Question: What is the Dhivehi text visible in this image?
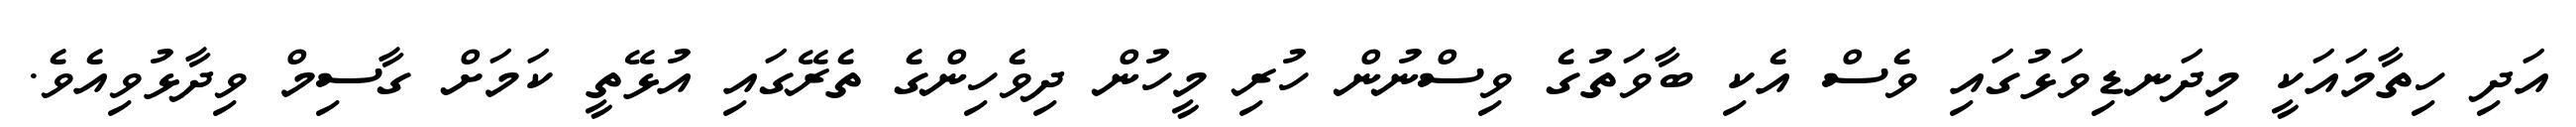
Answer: އަދި ހިތާމައަކީ މިދަނޑިވަޅުގައި ވެސް އެކި ބާވަތުގެ ވިސްނުން ހުރި މީހުން ދިވެހިންގެ ތެރޭގައި އުޅޭތީ ކަމަށް ގާސިމް ވިދާޅުވިއެވެ.